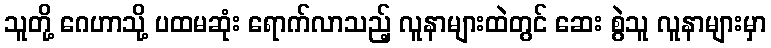
သူတို့ ဂေဟာသို့ ပထမဆုံး ရောက်လာသည့် လူနာများထဲတွင် ဆေး စွဲသူ လူနာများမှာ